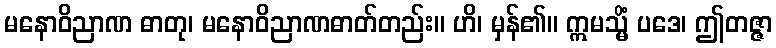
မနောဝိညာဏ ဓာတု၊ မနောဝိညာဏဓာတ်တည်း။ ဟိ၊ မှန်၏။ ဣမသ္မိံ ပဒေ၊ ဤတဇ္ဇာ